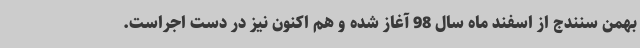
بهمن سنندج از اسفند ماه سال 98 آغاز شده و هم اکنون نیز در دست اجراست.